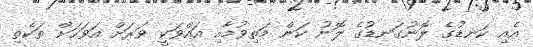
އެއި ކަނޑުގެ ލޮނުގަނޑުގެ ލޮނު ކަން މަތިވުމާއި އައްވަކީ ވަރަށް އަވަހަށް ތަކެތި